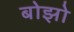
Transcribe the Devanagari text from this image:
बोझो